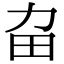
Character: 𤰛